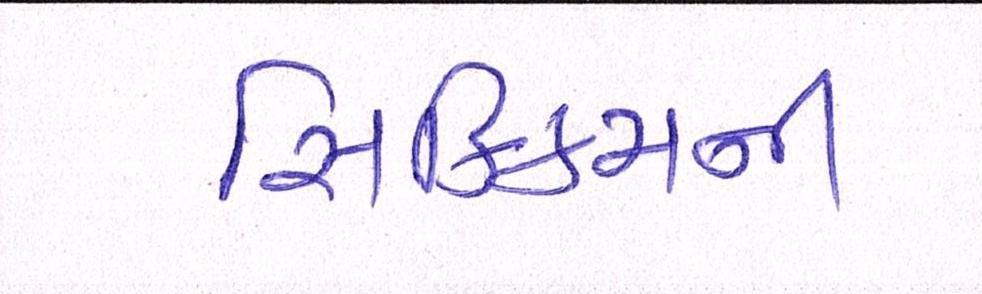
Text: સિક્કિમની